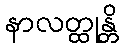
နာလတ္ထုန္တိ